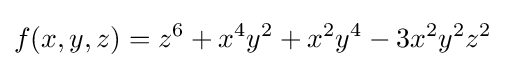
f(x,y,z)=z^{6}+x^{4}y^{2}+x^{2}y^{4}-3x^{2}y^{2}z^{2}